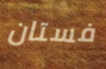
فستان